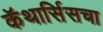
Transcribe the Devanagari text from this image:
कॅथार्सिसचा